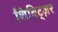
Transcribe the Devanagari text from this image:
शिविट्ज़र